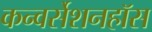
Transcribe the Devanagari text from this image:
कन्वर्सेशनहॉस